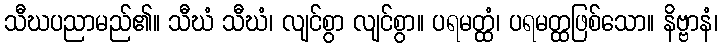
သီဃပညာမည်၏။ သီဃံ သီဃံ၊ လျင်စွာ လျင်စွာ။ ပရမတ္ထံ၊ ပရမတ္ထဖြစ်သော။ နိဗ္ဗာနံ၊